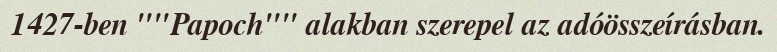
1427-ben ""Papoch"" alakban szerepel az adóösszeírásban.